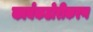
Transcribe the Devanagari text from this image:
कार्यकठोरीकरण